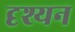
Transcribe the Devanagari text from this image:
दृश्यन